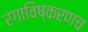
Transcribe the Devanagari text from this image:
रंगाविष्करणच